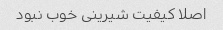
اصلا کیفیت شیرینی خوب نبود